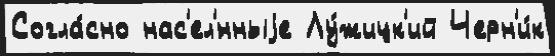
Согла́сно нас'ел'́нныjе Лу́жицк'ий Черн'и́к